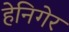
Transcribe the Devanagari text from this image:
हेनिगेर